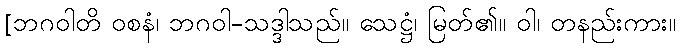
[ဘဂဝါတိ ဝစနံ၊ ဘဂဝါ-သဒ္ဒါသည်။ သေဋ္ဌံ၊ မြတ်၏။ ဝါ၊ တနည်းကား။